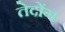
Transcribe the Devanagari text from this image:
तेदोंग